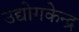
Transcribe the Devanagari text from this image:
उद्योगकेन्द्र